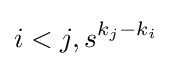
i<j,s^{k_{j}-k_{i}}